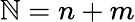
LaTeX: \mathbb{N}=n+m